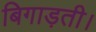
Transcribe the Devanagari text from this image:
बिगाड़ती।